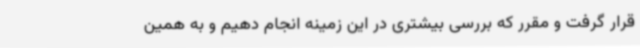
قرار گرفت و مقرر که بررسی بیشتری در این زمینه انجام دهیم و به همین